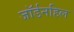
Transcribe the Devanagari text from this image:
जॉर्डनहिल